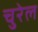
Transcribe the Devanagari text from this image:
चुरेल